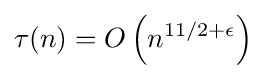
\tau (n)=O\left(n^{11/2+\epsilon }\right)